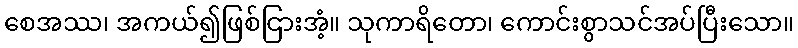
စေအဿ၊ အကယ်၍ဖြစ်ငြားအံ့။ သုကာရိတော၊ ကောင်းစွာသင်အပ်ပြီးသော။